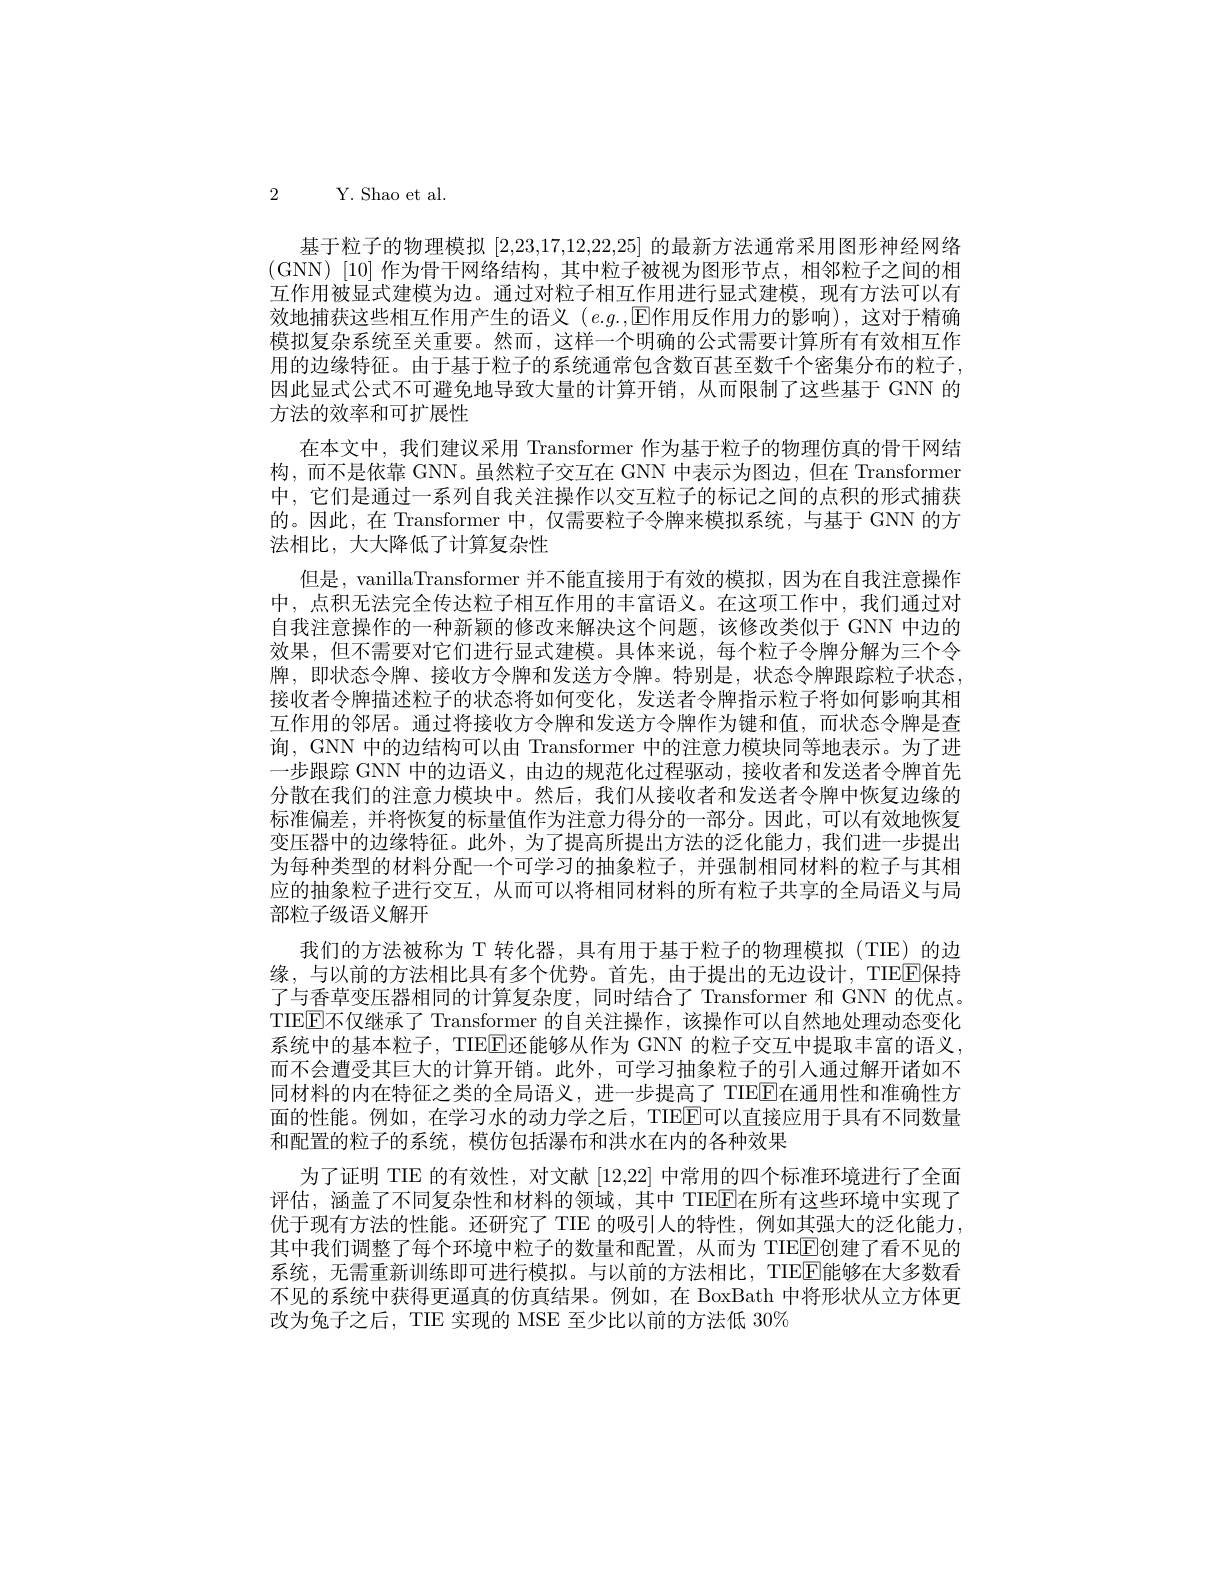
2 Y.Shao et al.

基于粒子的物理模拟[2,23,17,12,22,25]的最新方法通常采用图形神经网络(GNN)[10]作为骨干网络结构，其中粒子被视为图形节点，相邻粒子之间的相互作用被显式建模为边。通过对粒子相互作用进行显式建模，现有方法可以有效地捕获这些相互作用产生的语义 $(e.g.$,E|作用反作用力的影响),这对于精确模拟复杂系统至关重要。然而，这样一个明确的公式需要计算所有有效相互作用的边缘特征。由于基于粒子的系统通常包含数百甚至数千个密集分布的粒子， 因此显式公式不可避免地导致大量的计算开销，从而限制了这些基于 GNN 的方法的效率和可扩展性
在本文中，我们建议采用 Transformer 作为基于粒子的物理仿真的骨干网结构，而不是依靠 GNN。虽然粒子交互在 GNN 中表示为图边，但在 Transformer 中，它们是通过一系列自我关注操作以交互粒子的标记之间的点积的形式捕获的。因此，在 Transformer 中，仅需要粒子令牌来模拟系统，与基于 GNN 的方法相比，大大降低了计算复杂性
但是，vanillaTransformer 并不能直接用于有效的模拟，因为在自我注意操作中，点积无法完全传达粒子相互作用的丰富语义。在这项工作中，我们通过对自我注意操作的一种新颖的修改来解决这个问题，该修改类似于 GNN 中边的效果，但不需要对它们进行显式建模。具体来说，每个粒子令牌分解为三个令牌，即状态令牌、接收方令牌和发送方令牌。特别是，状态令牌跟踪粒子状态， 接收者令牌描述粒子的状态将如何变化，发送者令牌指示粒子将如何影响其相互作用的邻居。通过将接收方令牌和发送方令牌作为键和值，而状态令牌是查询，GNN 中的边结构可以由 Transformer 中的注意力模块同等地表示。为了进一步跟踪 GNN 中的边语义，由边的规范化过程驱动，接收者和发送者令牌首先分散在我们的注意力模块中。然后，我们从接收者和发送者令牌中恢复边缘的标准偏差，并将恢复的标量值作为注意力得分的一部分。因此，可以有效地恢复变压器中的边缘特征。此外，为了提高所提出方法的泛化能力，我们进一步提出为每种类型的材料分配一个可学习的抽象粒子，并强制相同材料的粒子与其相应的抽象粒子进行交互，从而可以将相同材料的所有粒子共享的全局语义与局部粒子级语义解开
我们的方法被称为 T 转化器，具有用于基于粒子的物理模拟 (TIE)的边缘，与以前的方法相比具有多个优势。首先，由于提出的无边设计，TIEE保持了与香草变压器相同的计算复杂度，同时结合了Transformer 和 GNN 的优点。TIE$\overline{\mathrm{E}}$不仅继承了 Transformer 的自关注操作，该操作可以自然地处理动态变化系统中的基本粒子，TIE[E]还能够从作为 GNN 的粒子交互中提取丰富的语义， 而不会遭受其巨大的计算开销。此外，可学习抽象粒子的引人通过解开诸如不同材料的内在特征之类的全局语义，进一步提高了 TIE$\overline{\mathrm{E}}$在通用性和准确性方面的性能。例如，在学习水的动力学之后，TIEE可以直接应用于具有不同数量和配置的粒子的系统，模仿包括瀑布和洪水在内的各种效果
为了证明 TIE 的有效性，对文献[12,22]中常用的四个标准环境进行了全面评估，涵盖了不同复杂性和材料的领域，其中 TIEEE在所有这些环境中实现了优于现有方法的性能。还研究了 TIE 的吸引人的特性，例如其强大的泛化能力， 其中我们调整了每个环境中粒子的数量和配置，从而为 TIEElE创建了看不见的系统，无需重新训练即可进行模拟。与以前的方法相比，TIEEEl能够在大多数看不见的系统中获得更通真的仿真结果。例如，在 BoxBath 中将形状从立方体更改为兔子之后，TIE 实现的 MSE 至少比以前的方法低 30%